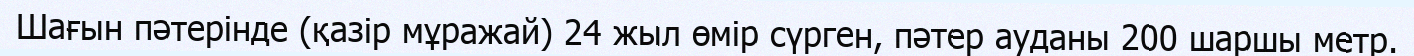
Шағын пәтерінде (қазір мұражай) 24 жыл өмір сүрген, пәтер ауданы 200 шаршы метр.